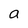
Character: a